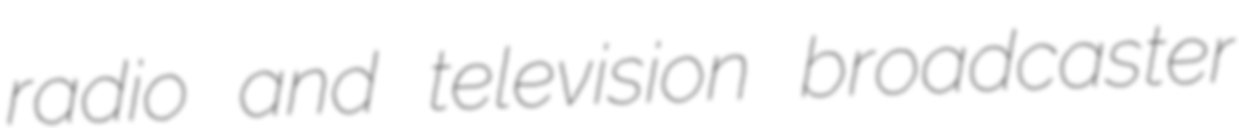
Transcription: radio and television broadcaster